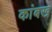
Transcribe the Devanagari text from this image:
कांबख